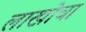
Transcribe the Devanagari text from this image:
लाखोचा